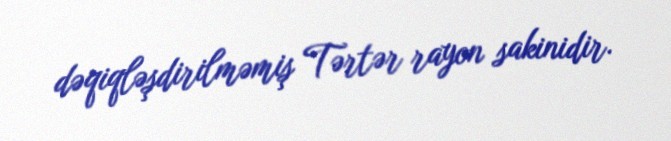
dəqiqləşdirilməmiş Tərtər rayon sakinidir.